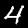
Digit: 4